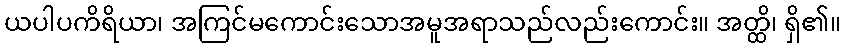
ယပါပကိရိယာ၊ အကြင်မကောင်းသောအမူအရာသည်လည်းကောင်း။ အတ္ထိ၊ ရှိ၏။